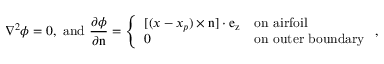
\nabla ^ { 2 } \phi = 0 , ~ \mathrm { a n d } ~ \frac { \partial \phi } { \partial \boldsymbol { \mathrm { n } } } = \left\{ \begin{array} { l l } { [ ( \boldsymbol { x } - \boldsymbol { x _ { p } } ) \times \boldsymbol { \mathrm { n } } ] \cdot \boldsymbol { \mathrm { e _ { z } } } } & { \mathrm { o n ~ a i r f o i l } } \\ { 0 } & { \mathrm { o n ~ o u t e r ~ b o u n d a r y } } \end{array} \right. ,